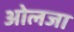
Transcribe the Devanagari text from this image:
ओलजा